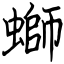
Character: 螄